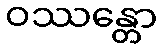
ဝဿန္တော